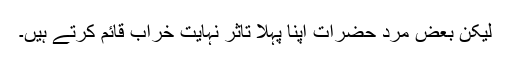
لیکن بعض مرد حضرات اپنا پہلا تاثر نہایت خراب قائم کرتے ہیں۔